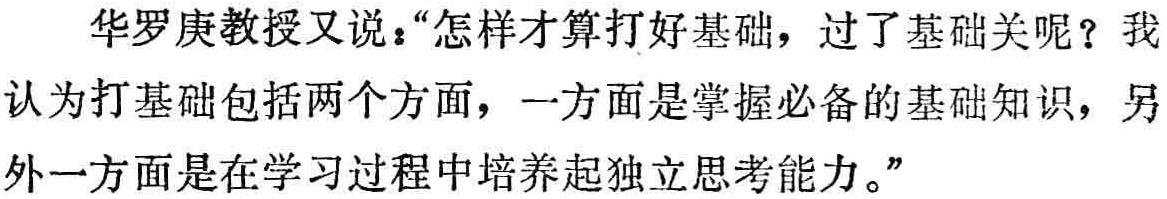
华罗庚教授又说：“怎样才算打好基础，过了基础关呢？我认为打基础包括两个方面，一方面是掌握必备的基础知识，另外一方面是在学习过程中培养起独立思考能力。”